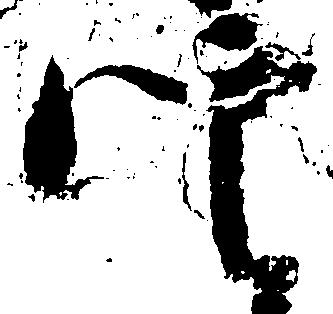
定